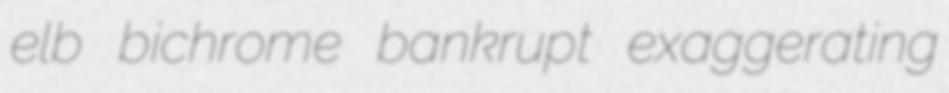
elb bichrome bankrupt exaggerating